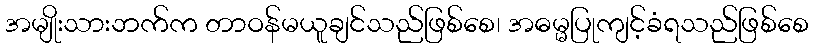
အမျိုးသားဘက်က တာဝန်မယူချင်သည်ဖြစ်စေ၊ အဓမ္မပြုကျင့်ခံရသည်ဖြစ်စေ